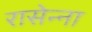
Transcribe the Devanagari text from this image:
रासेन्ना